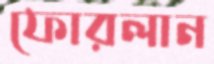
ফোরলান